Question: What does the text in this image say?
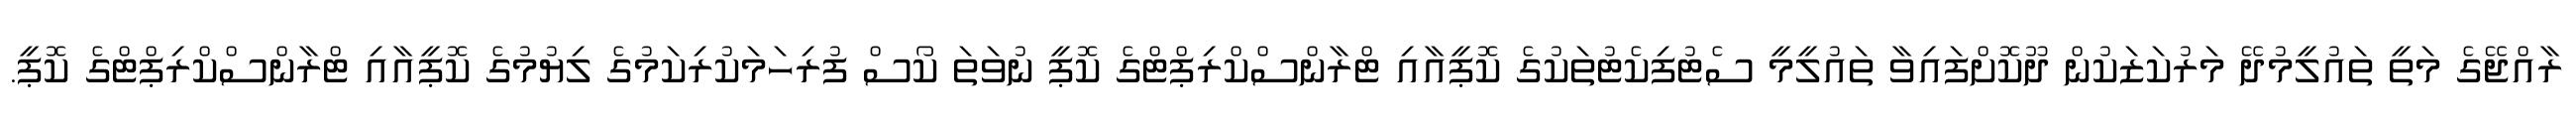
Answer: ރާއްޖޭގެ މަތީ ތައުލީމުދޭ މަރުކަޒަކުން ދޫކޮށްފައިވާ ތައުލީމީ ސެޓުފިކެޓުތަކުގެ ކޮޕީއާއި ޓްރާންސްކްރިޕްޓްގެ ކޮޕީ ނުވަތަ ކޯސް ފުރިހަމަކުރިކަމުގެ ލިޔުމުގެ ކޮޕީއާއި ޓްރާންސްކްރިޕްޓްގެ ކޮޕީ.